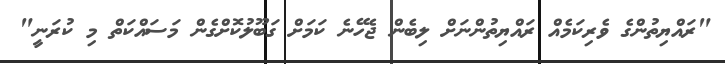
"ރައްޔިތުންގެ ވެރިކަމެއް ރައްޔިތުންނަށް ލިބެން ޖެހޭނެ ކަމަށް ގަބޫލުކޮށްގެން މަސައްކަތް މި ކުރަނީ"